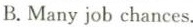
B.Many job chances.